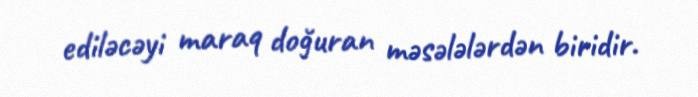
ediləcəyi maraq doğuran məsələlərdən biridir.